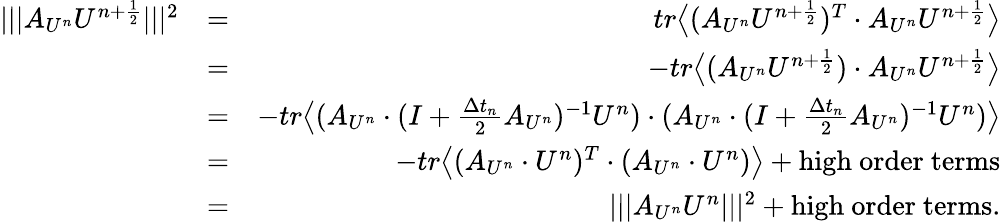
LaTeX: \begin{array}{rlr}{\lvert\lvert\lvert A_{U^{n}}U^{n+\frac{1}{2}}\rvert\rvert\lvert^{2}}&{=}&{tr\big\langle(A_{U^{n}}U^{n+\frac{1}{2}})^{T}\cdot A_{U^{n}}U^{n+\frac{1}{2}}\big\rangle}\\ &{=}&{-tr\big\langle(A_{U^{n}}U^{n+\frac{1}{2}})\cdot A_{U^{n}}U^{n+\frac{1}{2}}\big\rangle}\\ &{=}&{-tr\big\langle(A_{U^{n}}\cdot(I+\frac{\Delta t_{n}}{2}A_{U^{n}})^{-1}U^{n})\cdot(A_{U^{n}}\cdot(I+\frac{\Delta t_{n}}{2}A_{U^{n}})^{-1}U^{n})\big\rangle}\\ &{=}&{-tr\big\langle(A_{U^{n}}\cdot U^{n})^{T}\cdot(A_{U^{n}}\cdot U^{n})\big\rangle+\mathrm{high~order~terms}}\\ &{=}&{\lvert\lvert\lvert A_{U^{n}}U^{n}\rvert\rvert\rvert^{2}+\mathrm{high~order~terms}.}\end{array}